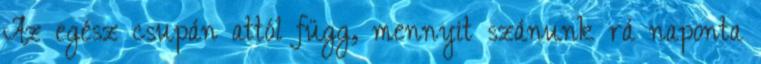
Az egész csupán attól függ, mennyit szánunk rá naponta